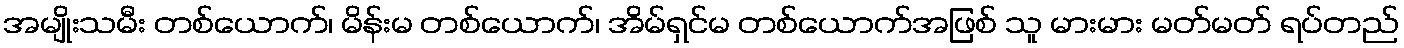
အမျိုးသမီး တစ်ယောက်၊ မိန်းမ တစ်ယောက်၊ အိမ်ရှင်မ တစ်ယောက်အဖြစ် သူ မားမား မတ်မတ် ရပ်တည်